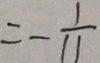
= - \frac { 1 } { 1 1 }